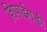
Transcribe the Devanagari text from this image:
शिपाईगडी